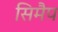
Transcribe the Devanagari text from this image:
सिमैप